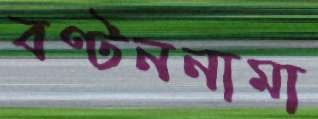
বণ্টননামা